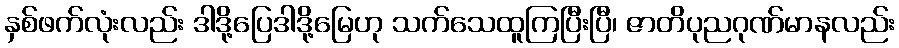
နှစ်ဖက်လုံးလည်း ဒါဒို့ပြေဒါဒို့မြေဟု သက်သေထူကြပြီးပြီ၊ ဇာတိပုညဂုဏ်မာနလည်း